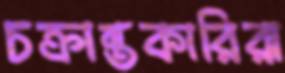
চক্রান্তকারিরা